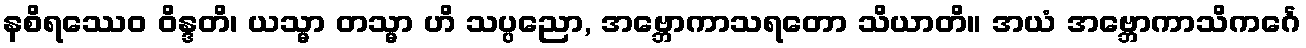
နစိရဿေဝ ဝိန္ဒတိ၊ ယသ္မာ တသ္မာ ဟိ သပ္ပညော, အဗ္ဘောကာသရတော သိယာတိ။ အယံ အဗ္ဘောကာသိကင်္ဂေ